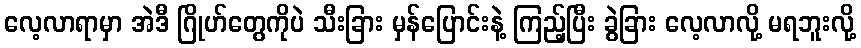
လေ့လာရာမှာ အဲဒီ ဂြိုဟ်တွေကိုပဲ သီးခြား မှန်ပြောင်းနဲ့ ကြည့်ပြီး ခွဲခြား လေ့လာလို့ မရဘူးလို့